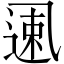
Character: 𱎌